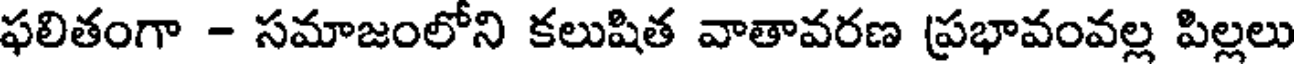
ఫలితంగా - సమాజంలోని కలుషిత వాతావరణ ప్రభావంవల్ల పిల్లలు